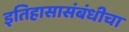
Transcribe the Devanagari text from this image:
इतिहासासंबंधीचा